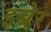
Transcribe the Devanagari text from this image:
इन्नेर